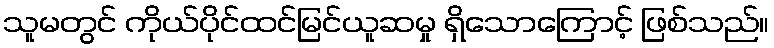
သူမတွင် ကိုယ်ပိုင်ထင်မြင်ယူဆမှု ရှိသောကြောင့် ဖြစ်သည်။